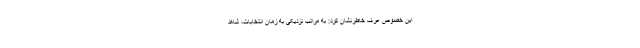
این خصوص عرف خاطرنشان کرد: به مراتب نزدیکی به زمان انتخابات، شاهد